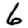
Digit: 6